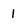
Character: 1